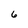
Character: 6